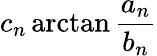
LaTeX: c_{n}\arctan{\frac{a_{n}}{b_{n}}}